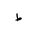
Letter: _da